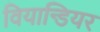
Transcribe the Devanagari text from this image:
वियान्डियर